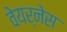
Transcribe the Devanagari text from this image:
वेयर्नेस